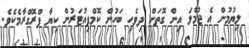
ލިޔުމުން އެ ޖުމްލަ އިން ގޮތަށް ދިވެހި ބަހުން ކޮމްޕިއުޓަރުން ކިޔާ ޕްރޮގްރާމެކެވެ.